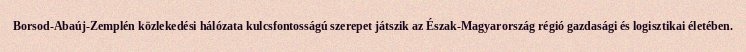
Borsod-Abaúj-Zemplén közlekedési hálózata kulcsfontosságú szerepet játszik az Észak-Magyarország régió gazdasági és logisztikai életében.